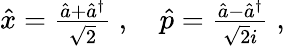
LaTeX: \begin{array}{r}{\hat{x}=\frac{\hat{a}+\hat{a}^{\dagger}}{\sqrt{2}}\; ,\quad\hat{p}=\frac{\hat{a}-\hat{a}^{\dagger}}{\sqrt{2}i}\; ,}\end{array}